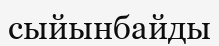
сыйынбайды